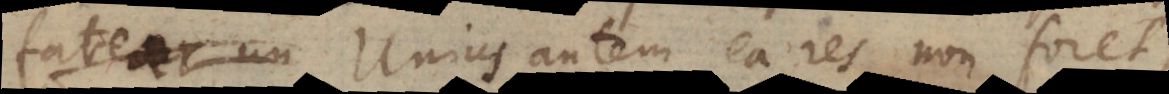
fateor un Unius autem ea res non foret,